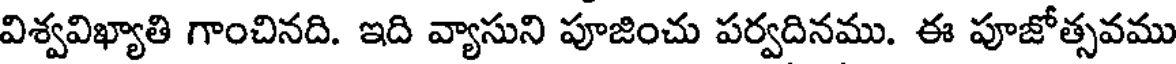
విశ్వవిఖ్యాతి గాంచినది. ఇది వ్యాసుని పూజించు పర్వదినము. ఈ పూజోత్సవము